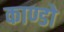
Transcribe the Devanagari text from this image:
काण्डो